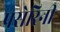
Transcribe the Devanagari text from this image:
पसेरिनी